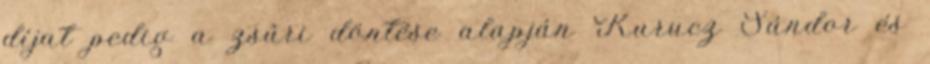
díjat pedig a zsûri döntése alapján Kurucz Sándor és